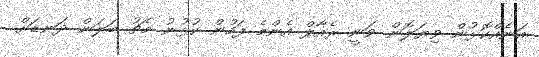
އަނެއްކޮޅުން ވިޔަލޮން ވަނީ ރެއާލް އެންމެ ފަހުން ކުޅުނު މެޗު ބަލަން ދަނޑަށް